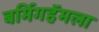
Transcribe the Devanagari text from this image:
बर्मिगहॅमला